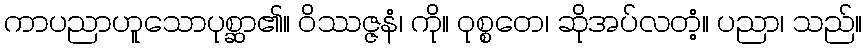
ကာပညာဟူသောပုစ္ဆာ၏။ ဝိဿဇ္ဇနံ၊ ကို။ ဝုစ္စတေ၊ ဆိုအပ်လတံ့။ ပညာ၊ သည်။